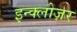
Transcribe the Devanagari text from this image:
इन्क्लोज़र